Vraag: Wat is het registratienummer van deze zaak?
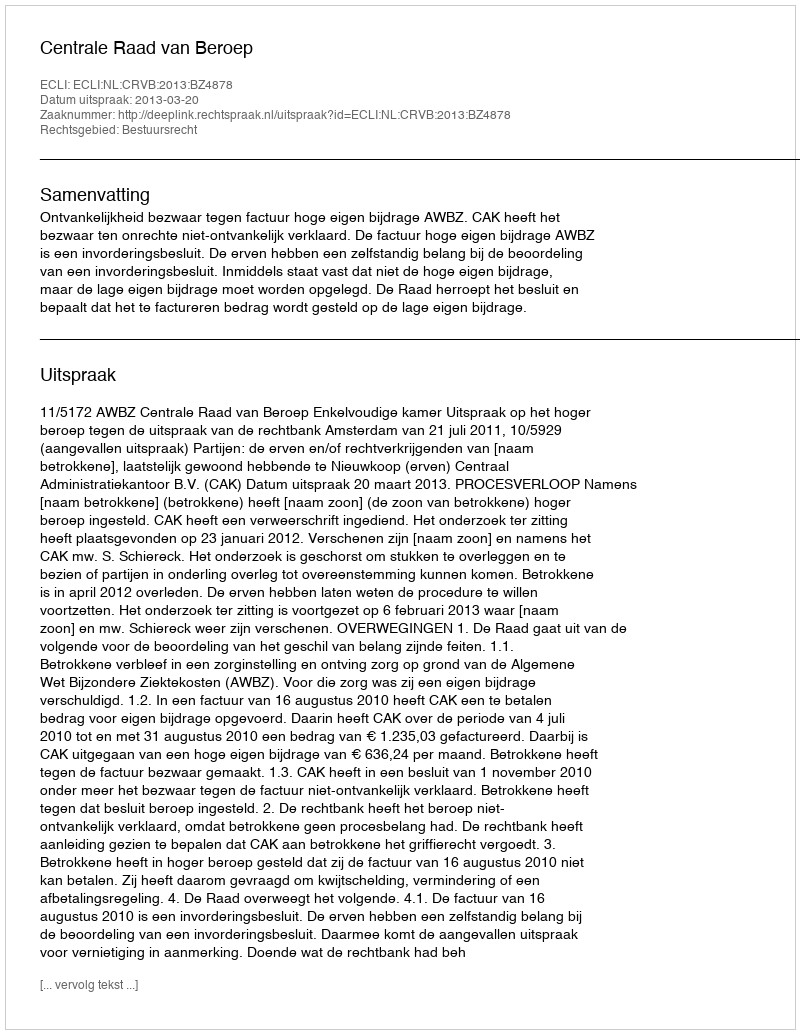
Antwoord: http://deeplink.rechtspraak.nl/uitspraak?id=ECLI:NL:CRVB:2013:BZ4878